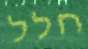
חלל